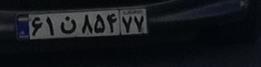
۶۱ن۸۵۴۷۷